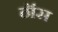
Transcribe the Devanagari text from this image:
ठॉस